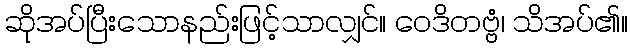
ဆိုအပ်ပြီးသောနည်းဖြင့်သာလျှင်။ ဝေဒိတဗ္ဗံ၊ သိအပ်၏။